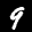
Digit: 9